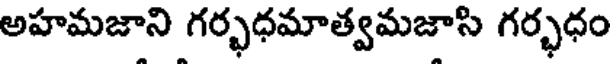
అహమజాని గర్భధమాత్వమజాసి గర్భధం